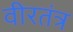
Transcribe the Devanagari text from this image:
वीरतंत्र